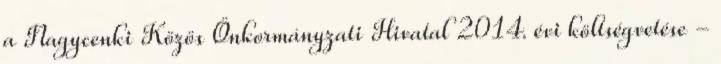
a Nagycenki Közös Önkormányzati Hivatal 2014. évi költségvetése -